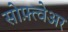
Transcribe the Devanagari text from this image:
सोफ़्त्वेअर